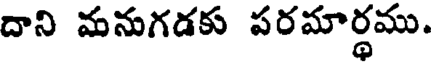
దాని మనుగడకు పరమార్థము.